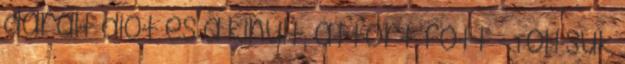
darált diót és a kihűlt, áttört főtt - Töltsük